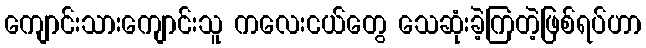
ကျောင်းသားကျောင်းသူ ကလေးငယ်တွေ သေဆုံးခဲ့ကြတဲ့ဖြစ်ရပ်ဟာ